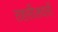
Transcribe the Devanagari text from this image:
तहसीलदरों